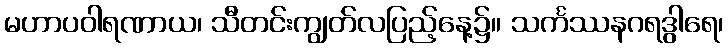
မဟာပဝါရဏာယ၊ သီတင်းကျွတ်လပြည့်နေ့၌။ သင်္ကဿနဂရဒွါရေ၊